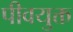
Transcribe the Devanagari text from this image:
पीवयुक्त